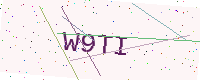
Text: W9TI